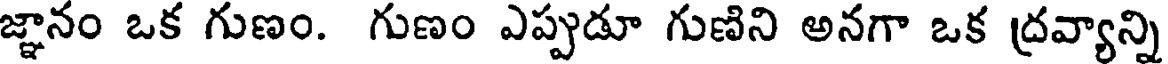
జ్ఞానం ఒక గుణం. గుణం ఎప్పుడూ గుణిని అనగా ఒక ద్రవ్యాన్ని